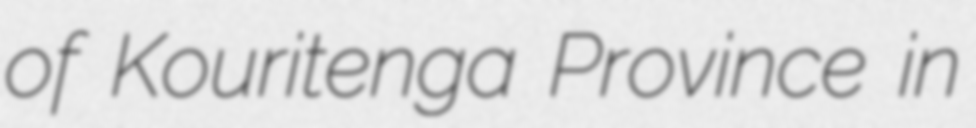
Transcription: of Kouritenga Province in